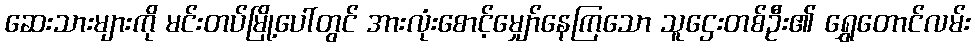
ဆေးသားများကို မင်းတပ်မြို့ပေါ်တွင် အားလုံးစောင့်မျှော်နေကြသော သူဌေးတစ်ဦး၏ ရွှေတောင်လမ်း